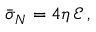
\begin{array} { r } { \bar { \boldsymbol { \sigma } } _ { N } = 4 \eta \, \mathcal { E } \, , } \end{array}